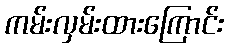
ကမ်းလှမ်းထားကြောင်း